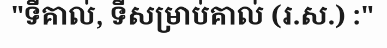
"ទីគាល់, ទីសម្រាប់គាល់ (រ.ស.) :"